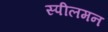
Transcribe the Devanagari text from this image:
स्पीलमन